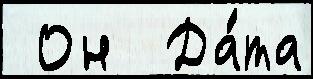
 Он  Да́та